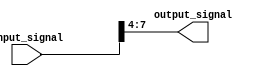
module bit_select_assign (
    input [7:0] input_signal,
    output reg [3:0] output_signal
);

always @* begin
    // Extracting bits 4 to 7 from the input signal and assigning them to bits 0 to 3 in the output signal
    output_signal = input_signal[7:4]; 
end

endmodule